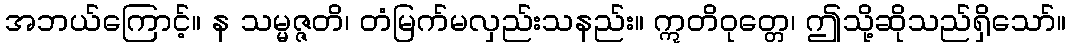
အဘယ်ကြောင့်။ န သမ္မဇ္ဇတိ၊ တံမြက်မလှည်းသနည်း။ ဣတိဝုတ္တေ၊ ဤသို့ဆိုသည်ရှိသော်။